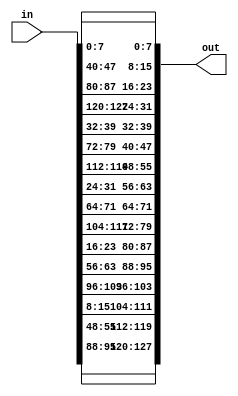
`timescale 1ns / 1ps
//////////////////////////////////////////////////////////////////////////////////
// Company: 
// Engineer: 
// 
// Design Name: 
// Module Name:    shiftRows 
// Project Name: 
// Target Devices: 
// Tool versions: 
// Description: 
//
// Dependencies: 
//
// Revision: 
// Revision 0.01 - File Created
// Additional Comments: 
//
//////////////////////////////////////////////////////////////////////////////////
module shiftRows(input [127:0] in, output [127:0] out);

//row1 unchanged
assign out[7:0]=in[7:0];
assign out[39:32]=in[39:32];
assign out[71:64]=in[71:64];
assign out[103:96]=in[103:96];
//row2 left shift by a byte
assign out[15:8]=in[47:40];
assign out[47:40]=in[79:72];
assign out[79:72]=in[111:104];
assign out[111:104]=in[15:8];
//row3 left shift by 2 bytes
assign out[23:16]=in[87:80];
assign out[55:48]=in[119:112];
assign out[87:80]=in[23:16];
assign out[119:112]=in[55:48];
//row4 left shift by 3 bytes
assign out[31:24]=in[127:120];
assign out[63:56]=in[31:24];
assign out[95:88]=in[63:56];
assign out[127:120]=in[95:88];

endmodule